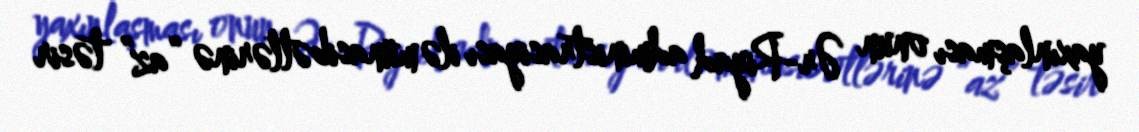
yaxınlaşması onun Ər-Riyad administrasiyası ilə münasibətlərinə “az” təsir